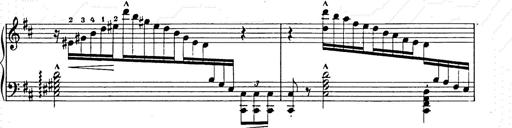
Title: Ballade No.2
Composer: Jan Skrzydlewski
Key: B minor